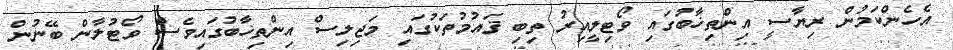
އެހެންކަމުން ރިޔާސީ އިންތިޚާބުގައި ވޯޓިލީއިރު ތިބި ޤައުމުތަކުގައި މަޖިލިސް އިންތިޚާބުގައިވެސް ވޯޓުލާން ބޭނުން